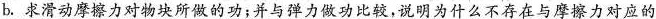
b.求滑动摩擦力对物块所做的功；并与弹力做功比较，说明为什么不存在与摩擦力对应的